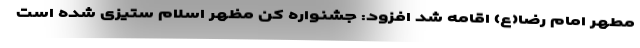
مطهر امام رضا(ع) اقامه شد افزود: جشنواره کن مظهر اسلام ستیزی شده است